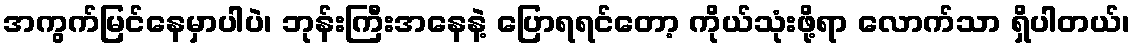
အကွက်မြင်နေမှာပါပဲ၊ ဘုန်းကြီးအနေနဲ့ ပြောရရင်တော့ ကိုယ်သုံးဖို့ရာ လောက်သာ ရှိပါတယ်၊